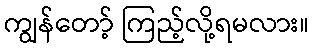
ကျွန်တော့် ကြည့်လို့ရမလား။